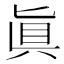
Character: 眞